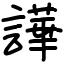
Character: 譁